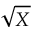
\smash { \sqrt { X } }